Report on vaccination in Madras 1895-1903 - 1895-1903
Year: 1895
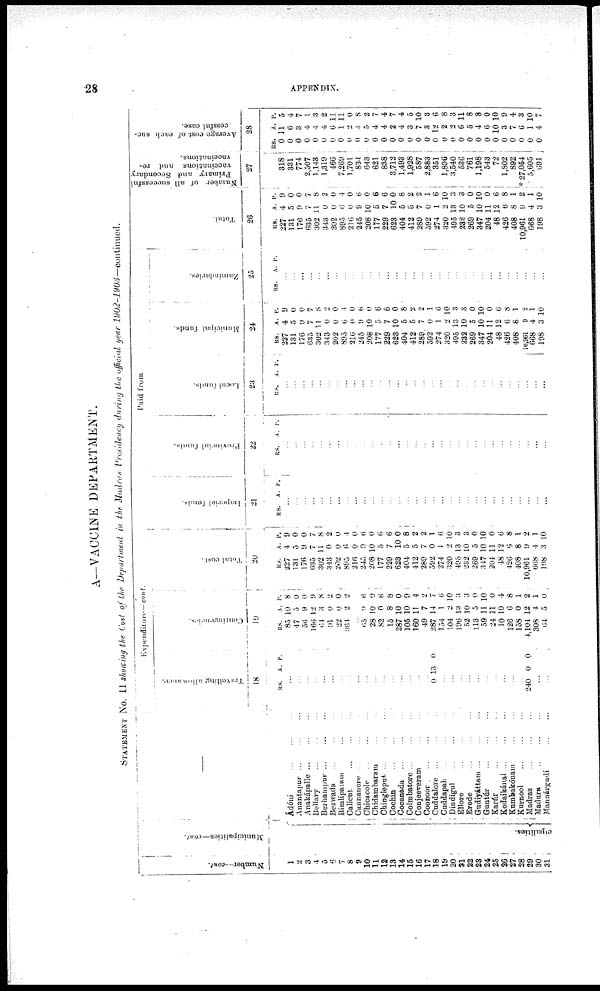
28
APPENDIX.
A—VACCINE DEPARTMENT.
STATEMENT No. II showing the Cost of the Department in the Madras Presidency during the official year 1902-1903—continued.
Number—cont.
1
2
3
4
5
6
7
8
9
10
11
12
13
14
15
16
17
18
19
20
21
22
23
24
25
26
27
28
29
30
31
Municipalities—cont.
cipalities.
—
Adóni
...
...
Anantapur ... ... ...
Anakápalle
...
...
...
Bellary
...
...
...
Berhampur
...
...
...
Bezwada ... ...
Bimlipatam ... ...
Calicut
...
...
...
Cannanore ... ... ...
Chicacole
...
...
...
Chidambaram ... ...
Chingleput
...
...
...
Cochin ... ... ...
Cocanada
...
...
...
Coimbatore
...
...
...
Conjeeveram
...
...
Coonoor . ... ... ...
Cuddalore ... ... ...
Cuddapah ... ... ...
Dindigul ... ... ...
Ellore ... ... ...
Erode
...
...
...
Gudiyáttam
...
...
...
Guntúr ... ... ...
Karúr
...
...
...
Kodaikánal ...
...
...
Kumbakónam
...
...
Kurnool
...
...
...
Madras
...
...
...
Madura
...
...
...
Mannárgudi
...
...
Expenditure— cont.
Traveiling allownce
18
RS.
A. P.
...
...
...
...
...
...
...
...
...
...
...
...
...
...
...
...
...
0 13 0
...
...
...
...
...
...
...
...
...
...
240 0 0
...
...
Contingencies.
19
RS.
85
47
56
166
64
91
22
364
A.
10
5
9
12
3
0
0
2
P.
8
0
0
9
8
2
0
2
...
65
28
82
15
287
105
160
49
287
154
104
196
52
113
59
24
10
126
158
4,104
308
64
0
10
0
8
10
10
11
7
14
1
2
13
10
5
11
11
10
6
0
12
4
5
6
9
6
8
0
9
4
2
7
6
10
3
3
0
10
0
4
8
1
2
1
0
Total cost.
20
RS.
227
131
176
635
302
343
202
895
216
245
208
177
229
623
404
412
289
592
274
320
495
232
269
347
201
48
426
408
10,961
668
198
A.
4
5
9
7
11
0
0
6
0
9
10
5
7
10
5
5
7
0
1
2
13
10
5
10
11
12
6
8
9
4
3
P.
9
0
0
7
8
2
0
4
0
6
0
6
6
0
8
2
2
1
6
10
3
3
0
10
0
6
8
1
2
1
10
Paid from
Imperial funds.
21
RS.
A. P.
...
...
...
...
...
...
...
...
...
...
...
...
...
...
...
...
...
...
...
...
...
...
...
...
...
...
...
...
...
...
...
provincial funds.
22
RS.
A. P.
...
...
...
...
...
...
...
...
...
...
...
...
...
...
...
...
...
...
...
...
...
...
...
...
...
...
...
...
...
....
...
Local funds.
23
RS. A. P.
...
...
...
...
...
...
...
...
...
...
...
...
...
...
...
...
...
...
...
...
...
...
...
...
...
...
...
...
...
...
...
Muncipal funds.
24
RS.
227
131
176
635
302
343
202
895
216
245
208
177
229
623
404
412
289
592
274
320
495
232
269
347
204
48
426
408
10,961
668
198
A.
4
5
9
7
11
0
0
6
0
9
10
5
7
10
5
5
7
0
1
2
13
10
5
10
11
12
6
8
9
4
3
P.
9
0
0
7
8
2
0
4
0
6
0
6
6
0
8
2
2
1
6
10
8
3
0
10
0
6
8
1
2
1
10
Zamindtaries.
25
RS.
A. P.
...
...
...
...
...
...
...
...
...
...
...
...
...
...
...
...
...
...
...
...
...
...
...
...
...
...
...
...
...
...
...
Total.
26
RS.
227
131
176
635
302
343
202
895
216
245
208
177
229
623
404
412
289
592
274
320
495
232
269
347
204
48
426
408
10,961
668
198
A.
4
5
9
7
11
0
0
6
0
9
10
5
7
10
5
5
7
0
1
2
13
10
5
10
11
12
6
8
9
4
3
P.
9
0
0
7
8
2
0
4
0
6
0
6
6
0
8
2
2
1
6
10
3
3
0
10
0
6
8
1
2
1
10
Number of all successful
Primary and Secondary
vaccinations and re¬
vaccinations.
27
318
331
774
2,507
1,143
1,319
466
7,269
1,701
834
643
621
838
3,712
1,493
1,928
587
2,883
351
1,896
3,540
536
761
1,198
543
72
1,802
892
* 27,054
5,605
691
Average cost of each suc-
cessful case.
28
RS.
0
0
0
0
0
0
0
0
0
0
0
0
0
0
0
0
0
0
0
0
0
0
0
0
0
0
0
0
0
0
0
A.
11
6
3
4
4
4
6
1
2
4
5
4
4
2
4
3
7
3
12
2
2
6
5
4
6
10
3
7
6
1
4
P.
5
4
7
1
3
2
11
11
0
8
2
7
4
7
4
5
10
3
6
8
3
11
8
8
0
10
9
4
3
10
7